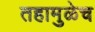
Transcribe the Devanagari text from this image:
तहामुळेच